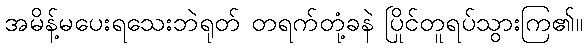
အမိန့်မပေးရသေးဘဲရုတ် တရက်တုံ့ခနဲ ပြိုင်တူရပ်သွားကြ၏။